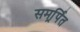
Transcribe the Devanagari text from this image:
समर्र्पित